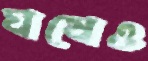
ঘষেও